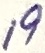
Text: 19